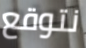
نتوقع